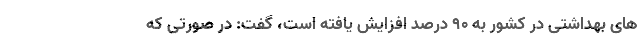
های بهداشتی در کشور به ۹۰ درصد افزایش یافته است، گفت: در صورتی که